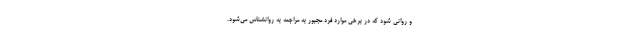
و روانی شود که در برخی موارد فرد مجبور به مراجعه به روانشناس می‌شود.